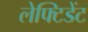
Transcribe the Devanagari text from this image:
लेफ्टिडेंट